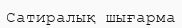
Сатиралық шығарма